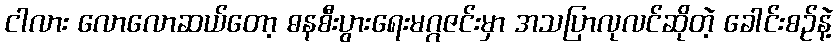
ငါလား လောလောဆယ်တော့ ဓနစီးပွားရေးမဂ္ဂဇင်းမှာ အသပြာလုလင်ဆိုတဲ့ ခေါင်းစဉ်နဲ့